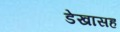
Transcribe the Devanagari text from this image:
डेखासह